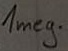
Text: 1meg.